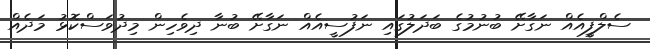
ސެލްފީއެއް ނަގާށޭ ބުނުމުގެ ބަދަލުގައި ނަފުސީއެއް ނަގާށޭ ބުނާ ދިވެހިން މިދުވަސްކޮޅު މަދެއް